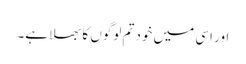
اور اسی میں خود تم لوگوں کا بھلا ہے۔